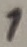
Text: 1